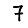
Digit: 7